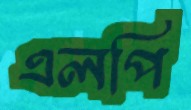
এলপি